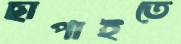
ছাপাইতে